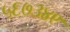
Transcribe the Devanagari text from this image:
५६७३४९